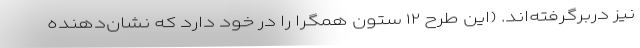
نیز دربرگرفته‌اند. (این طرح ۱۲ ستون همگرا را در خود دارد که نشان‌دهنده